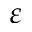
\varepsilon